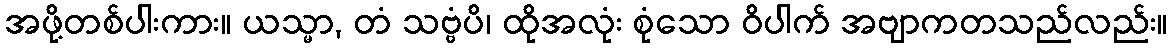
အဖို့တစ်ပါးကား။ ယသ္မာ, တံ သဗ္ဗံပိ၊ ထိုအလုံး စုံသော ဝိပါက် အဗျာကတသည်လည်း။